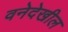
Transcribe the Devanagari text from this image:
वनेदेखील